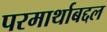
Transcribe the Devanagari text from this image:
परमार्थाबद्दल